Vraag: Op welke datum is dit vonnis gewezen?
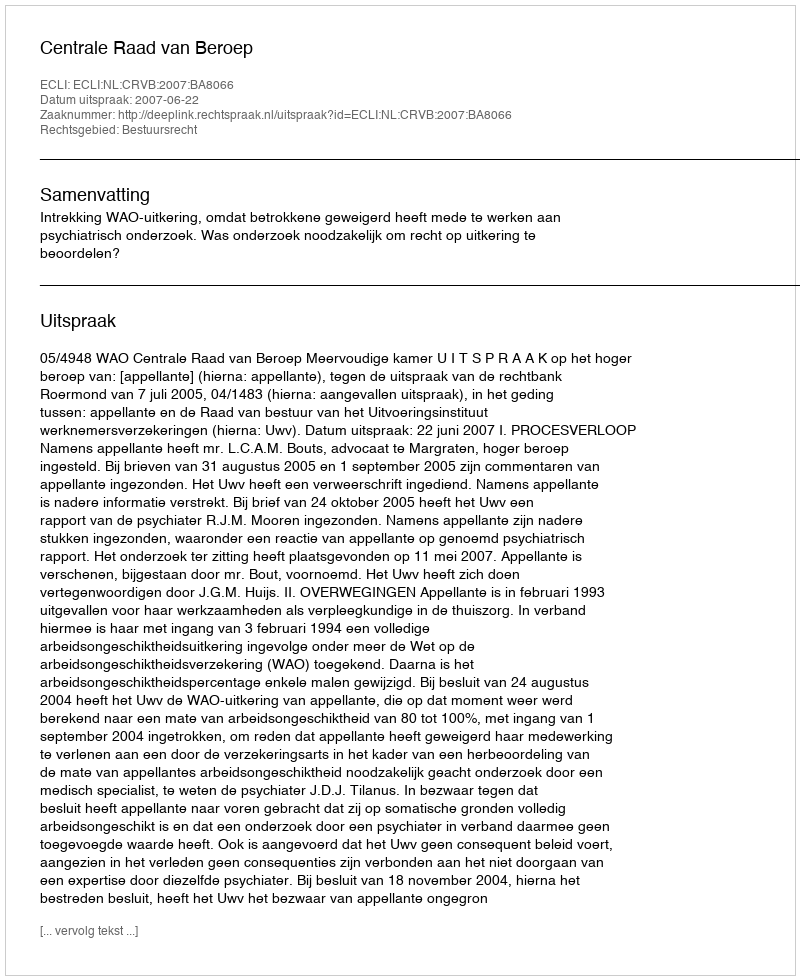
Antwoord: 2007-06-22